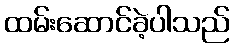
ထမ်းဆောင်ခဲ့ပါသည်